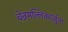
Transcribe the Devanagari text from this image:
चेन्नमल्लिकार्जुना